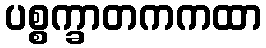
ပစ္စက္ခာတကကထာ